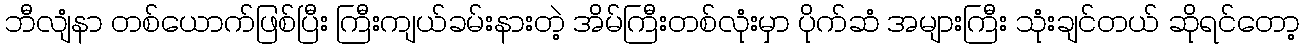
ဘီလျံနာ တစ်ယောက်ဖြစ်ပြီး ကြီးကျယ်ခမ်းနားတဲ့ အိမ်ကြီးတစ်လုံးမှာ ပိုက်ဆံ အများကြီး သုံးချင်တယ် ဆိုရင်တော့